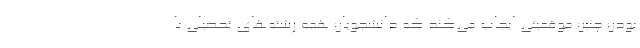
بودن چنین موقعیتی ایجاب می‌کند که دانشجویان همه رشته‌های تحصیلی با